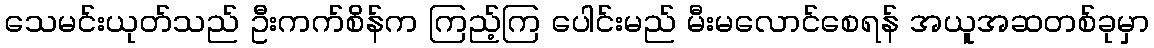
သေမင်းယုတ်သည် ဦးကက်စိန်က ကြည့်ကြ ပေါင်းမည် မီးမလောင်စေရန် အယူအဆတစ်ခုမှာ